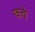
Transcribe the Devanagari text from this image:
कवे